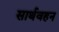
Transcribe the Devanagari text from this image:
सार्थवहन